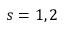
s = 1 , 2